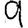
Digit: 9